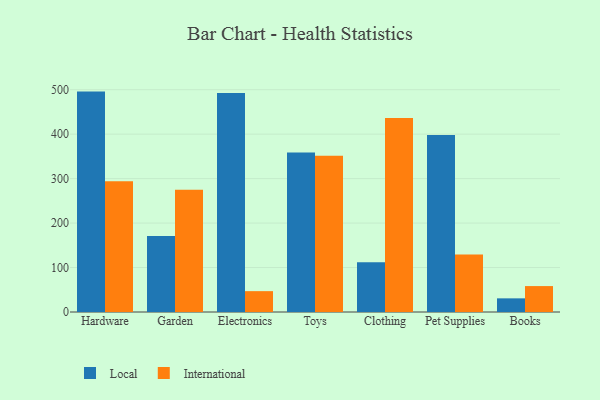
{"axis": {"x": "Category", "y": "Demand Index"}, "legend": ["International", "Local"], "data": [{"x": "Hardware", "y": 495.7, "type": "Local"}, {"x": "Hardware", "y": 294.0, "type": "International"}, {"x": "Garden", "y": 171.0, "type": "Local"}, {"x": "Garden", "y": 274.9, "type": "International"}, {"x": "Electronics", "y": 492.7, "type": "Local"}, {"x": "Electronics", "y": 46.9, "type": "International"}, {"x": "Toys", "y": 358.7, "type": "Local"}, {"x": "Toys", "y": 351.7, "type": "International"}, {"x": "Clothing", "y": 111.9, "type": "Local"}, {"x": "Clothing", "y": 436.5, "type": "International"}, {"x": "Pet Supplies", "y": 397.9, "type": "Local"}, {"x": "Pet Supplies", "y": 129.6, "type": "International"}, {"x": "Books", "y": 30.7, "type": "Local"}, {"x": "Books", "y": 58.3, "type": "International"}]}